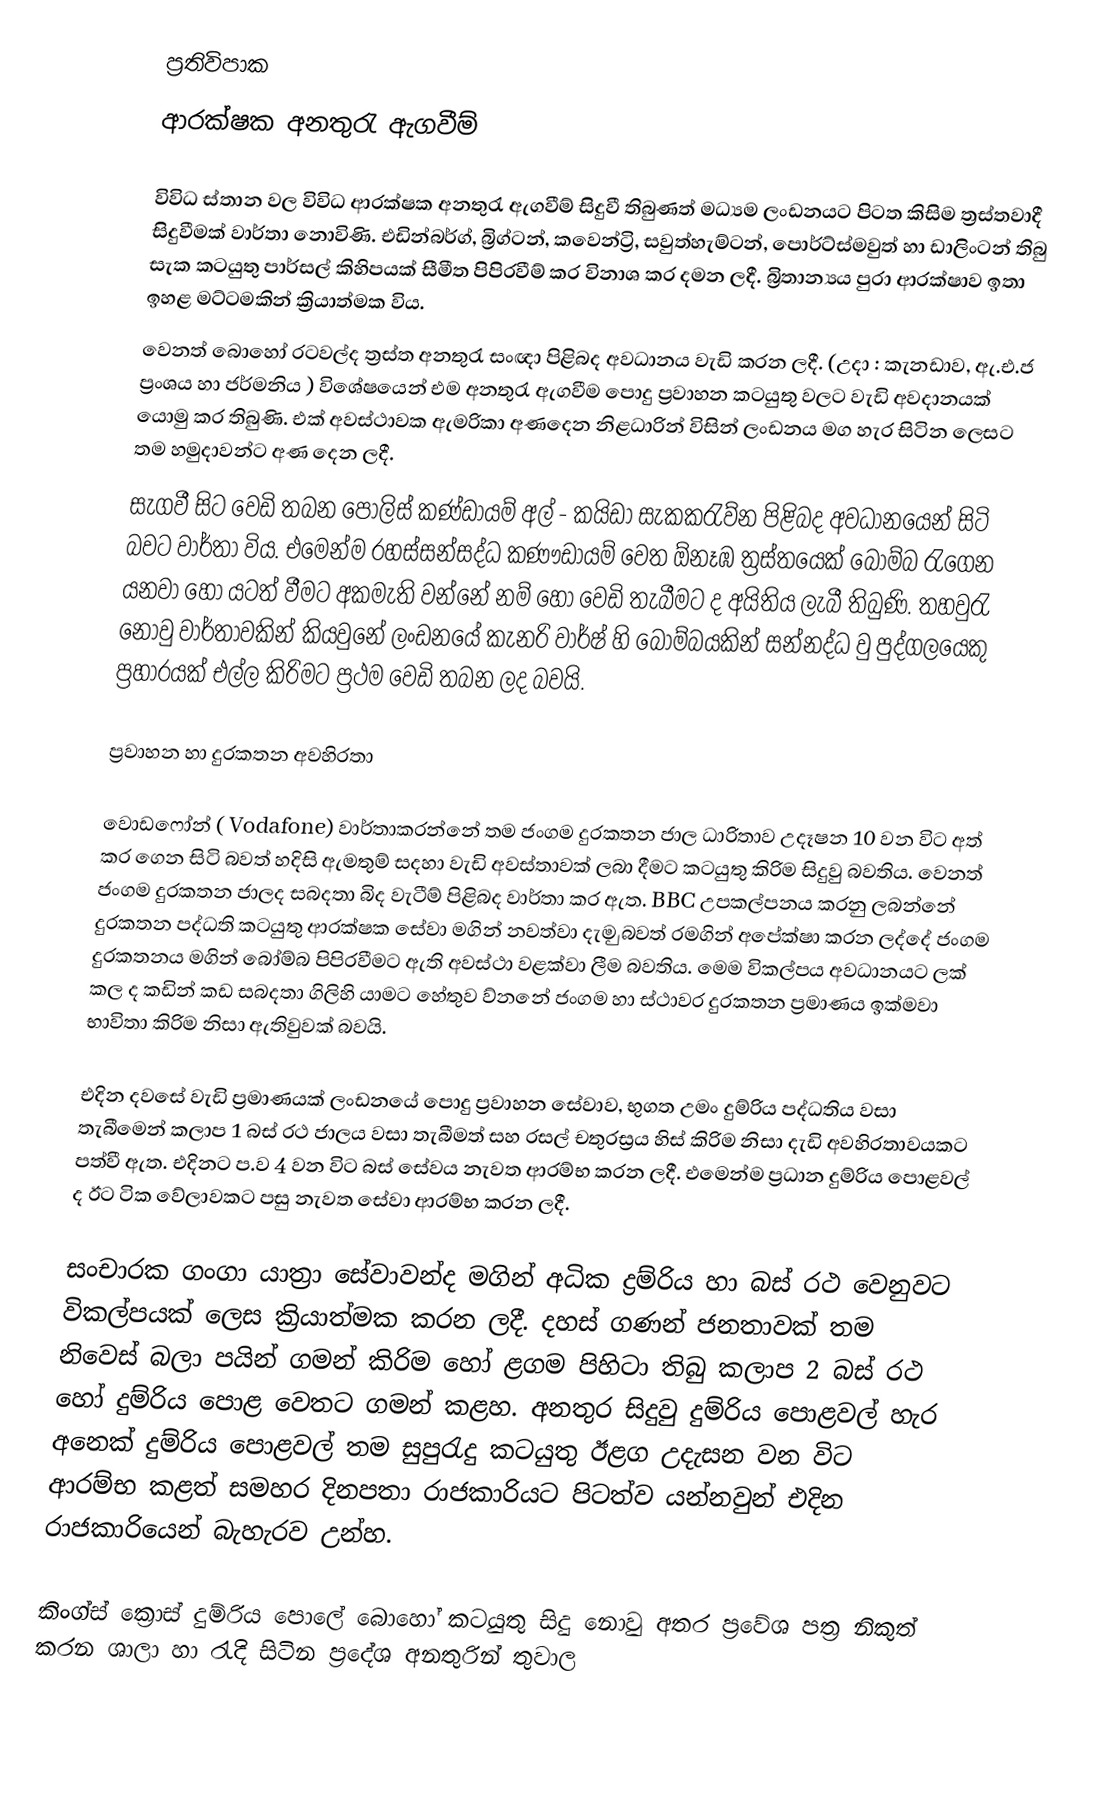
ප්‍රතිවිපාක
ආරක්ෂක අනතුරැ ඇගවීම්

විවිධ ස්තාන වල විවිධ ආරක්ෂක අනතුරැ ඇගවීම් සිදුවී තිබුණත් මධ්‍යම ලංඩනයට පිටත කිසිම ත්‍රස්තවාදී සිදුවීමක් වාර්තා නොවිණි. එඩින්බර්ග්, බ්‍රිග්ටන්, කවෙන්ට්‍රි, සවුත්හැම්ටන්, පොර්ට්ස්මවුත් හා ඩාලිංටන් තිබු සැක කටයුතු පාර්සල් කිහිපයක් සීමීත පිපිරවීම් කර විනාශ කර දමන ලදී. බ්‍රිතාන්‍යය පුරා ආරක්ෂාව ඉතා ඉහළ මට්ටමකින් ක්‍රියාත්මක විය.
වෙනත් බොහෝ රටවල්ද ත්‍රස්ත අනතුරැ සංඥා පිළිබද අවධානය වැඩි කරන ලදී. (උදා : කැනඩාව, ඇ.එ.ජ ප්‍රංශය හා ජර්මනිය ) විශේෂයෙන් එම අනතුරැ ඇගවීම පොදු ප්‍රවාහන කටයුතු වලට වැඩි අවදානයක් යොමු කර තිබුණි. එක් අවස්ථාවක ඇමරිකා අණදෙන නිළධාරින් විසින් ලංඩනය මග හැර සිටින ලෙසට තම හමුදාවන්ට අණ දෙන ලදී.
 සැගවී සිට වෙඩි තබන පොලිස් කණ්ඩායම් අල් - කයිඩා සැකකරැව්න පිළිබද අවධානයෙන් සිටි බවට වාර්තා විය. එමෙන්ම රහස්සන්සද්ධ කණෟඩායම් වෙත ඕනෑඹ ත්‍රස්තයෙක් බෝම්බ රැගෙන යනවා හෝ යටත් වීමට අකමැති වන්නේ නම් හෝ වෙඩි තැබීමට ද අයිතිය ලැබී තිබුණි. තහවුරැ නොවු වාර්තාවකින් කියවුනේ ලංඩනයේ කැනරි වාර්ෂ් හි බෝම්බයකින් සන්නද්ධ වු පුද්ගලයෙකු ප්‍රහාරයක් එල්ල කිරිමට ප්‍රථම වෙඩි තබන ලද බවයි.

ප්‍රවාහන හා දුරකතන  අවහිරතා

වොඩෆෝන් ( Vodafone) වාර්තාකරන්නේ තම ජංගම දුරකතන ජාල ධාරිතාව උදෑෂන 10 වන විට අත් කර ගෙන සිටි බවත්  හදිසි ඇමතුම් සදහා වැඩි අවස්තාවක් ලබා දීමට කටයුතු කිරිම සිදුවු බවතිය. වෙනත් ජංගම දුරකතන ජාලද සබදතා බිද වැටීම් පිළිබද වාර්තා කර ඇත. BBC උපකල්පනය කරනු ලබන්නේ දුරකතන පද්ධති කටයුතු ආරක්ෂක සේවා මගින් නවත්වා දැම ුබවත් රමගින් අපේක්ෂා කරන ලද්දේ ජංගම දුරකතනය මගින් බෝම්බ පිපිරවීමට ඇති අවස්ථා වළක්වා ලීම බවතිය. මෙම විකල්පය අවධානයට ලක් කල ද කඩින් කඩ සබදතා ගිලිහි යාමට හේතුව ව්නනේ ජංගම හා ස්ථාවර දුරකතන ප්‍රමාණය ඉක්මවා භාවිතා කිරිම නිසා ඇතිවුවක් බවයි.

එදින දවසේ වැඩි ප්‍රමාණයක් ලංඩනයේ පොදු  ප්‍රවාහන සේවාව, භුගත උමං දුම්රිය පද්ධතිය වසා තැබීමෙන් කලාප 1 බස් රථ ජාලය වසා තැබීමත් සහ රසල් චතුරස්‍රය හිස් කිරිම නිසා දැඩි අවහිරතාවයකට පත්වී ඇත. එදිනට ප.ව 4 වන විට බස් සේවය නැවත ආරම්භ කරන ලදී. එමෙන්ම ප්‍රධාන දුම්රිය පොළවල් ද  ඊට ටික වේලාවකට පසු නැවත සේවා ආරම්භ කරන ලදී.

 සංචාරක ගංගා යාත්‍රා සේවාවන්ද මගින් අධික ද්‍රම්රිය  හා බස් රථ වෙනුවට විකල්පයක් ලෙස ක්‍රියාත්මක කරන ලදී. දහස් ගණන් ජනතාවක් තම නිවෙස් බලා පයින් ගමන් කිරිම හෝ ළගම පිහිටා තිබු කලාප 2 බස් රථ හෝ දුම්රිය පොළ වෙතට ගමන් කළහ. අනතුර සිදුවු දුම්රිය පොළවල් හැර අනෙක් දුම්රිය පොළවල් තම සුපුරැදු කටයුතු ඊළග උදැසන වන විට ආරම්භ කළත් සමහර දිනපතා රාජකාරියට  පිටත්ව යන්නවුන් එදින රාජකාරියෙන් බැහැරව උන්හ.

කිංග්ස් ක්‍රොස් දුම්රිය පොලේ බොහෝ කටයුතු සිදු නොවු අතර ප්‍රවේශ පත්‍ර නිකුත් කරන ශාලා හා රැදි සිටින ප්‍රදේශ අනතුරින්  තුවාල